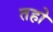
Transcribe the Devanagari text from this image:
तहो